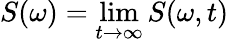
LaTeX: S(\omega)=\operatorname*{lim}_{t\rightarrow\infty}S(\omega,t)